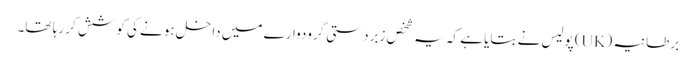
برطانیہ (UK) پولیس نے بتایا ہے کہ یہ شخص زبردستی گرودوارے میں داخل ہونے کی کوشش کر رہا تھا۔